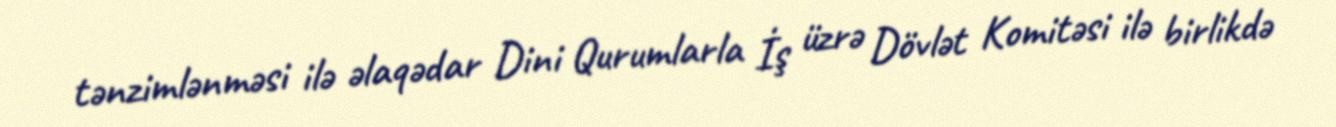
tənzimlənməsi ilə əlaqədar Dini Qurumlarla İş üzrə Dövlət Komitəsi ilə birlikdə